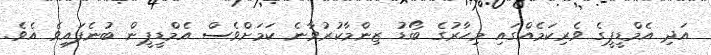
އަދި އެމްޑީޕީގެ ވެރިކަމެއްގައި މިހާރުގެ ބޯޑު ޒިންމާކުރުވާނެ ކަމަށްވެސް އެމްޑީޕީން ބުނެފައިވެ އެވެ.